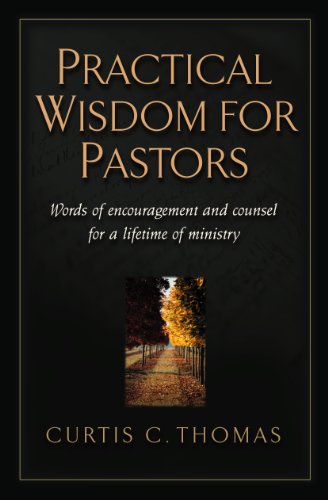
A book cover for Practical Wisdom for Pastors: Words of Encouragement and Counsel for a Lifetime of Ministry; Curtis C. Thomas; Christian Books & Bibles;